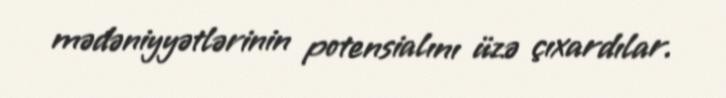
mədəniyyətlərinin potensialını üzə çıxardılar.